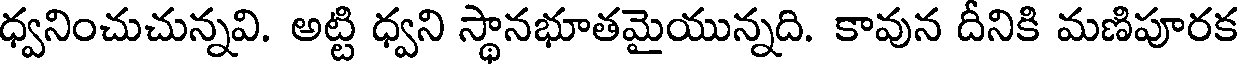
ధ్వనించుచున్నవి. అట్టి ధ్వని స్థానభూతమైయున్నది. కావున దీనికి మణిపూరక